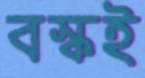
বস্কই